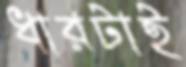
ধারটাই